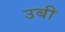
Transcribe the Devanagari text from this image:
उबी